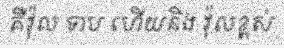
គឺវ៉ុល ទាប ហើយនិង វ៉ុលខ្ពស់